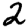
Digit: 2